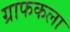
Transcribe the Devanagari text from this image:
ग्राफकला